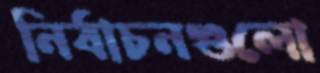
নির্বাচনগুলো